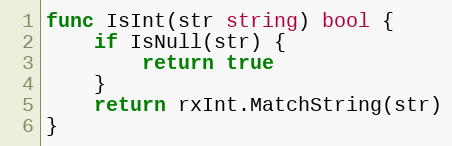
Language: Go
func IsInt(str string) bool {
	if IsNull(str) {
		return true
	}
	return rxInt.MatchString(str)
}